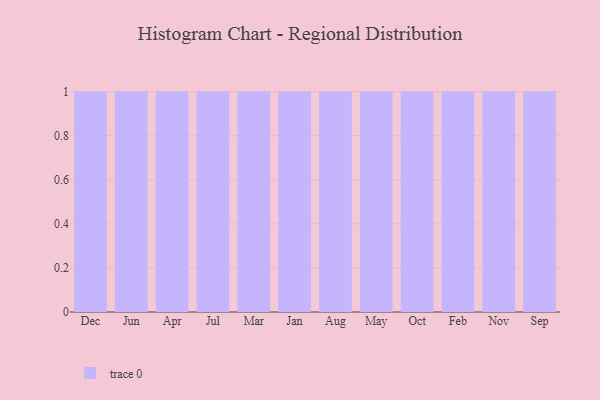
{"axis": {"x": "Month", "y": "Active Users"}, "legend": [""], "data": [{"x": "Dec", "y": 24, "type": ""}, {"x": "Jun", "y": 32, "type": ""}, {"x": "Apr", "y": 69, "type": ""}, {"x": "Jul", "y": 36, "type": ""}, {"x": "Mar", "y": 55, "type": ""}, {"x": "Jan", "y": 17, "type": ""}, {"x": "Aug", "y": 92, "type": ""}, {"x": "May", "y": 13, "type": ""}, {"x": "Oct", "y": 16, "type": ""}, {"x": "Feb", "y": 6, "type": ""}, {"x": "Nov", "y": 60, "type": ""}, {"x": "Sep", "y": 78, "type": ""}]}